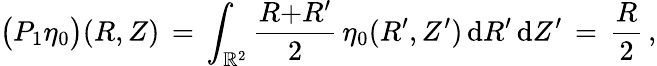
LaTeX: \bigl(P_{1}\eta_{0}\bigr)(R,Z)\, =\, \int_{\mathbb{R}^{2}}\frac{R{+}R^{\prime}}{2}\, \eta_{0}(R^{\prime},Z^{\prime})\, \mathrm{d}R^{\prime}\, \mathrm{d}Z^{\prime}\, =\, \frac{R}{2}\, ,